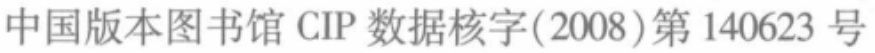
中国版本图书馆 CIP 数据核字(2008)第 140623 号